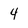
Character: 4